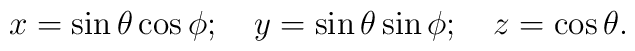
x = \sin \theta \cos \phi ;   \quad y = \sin \theta \sin \phi ;   \quad z = \cos \theta .